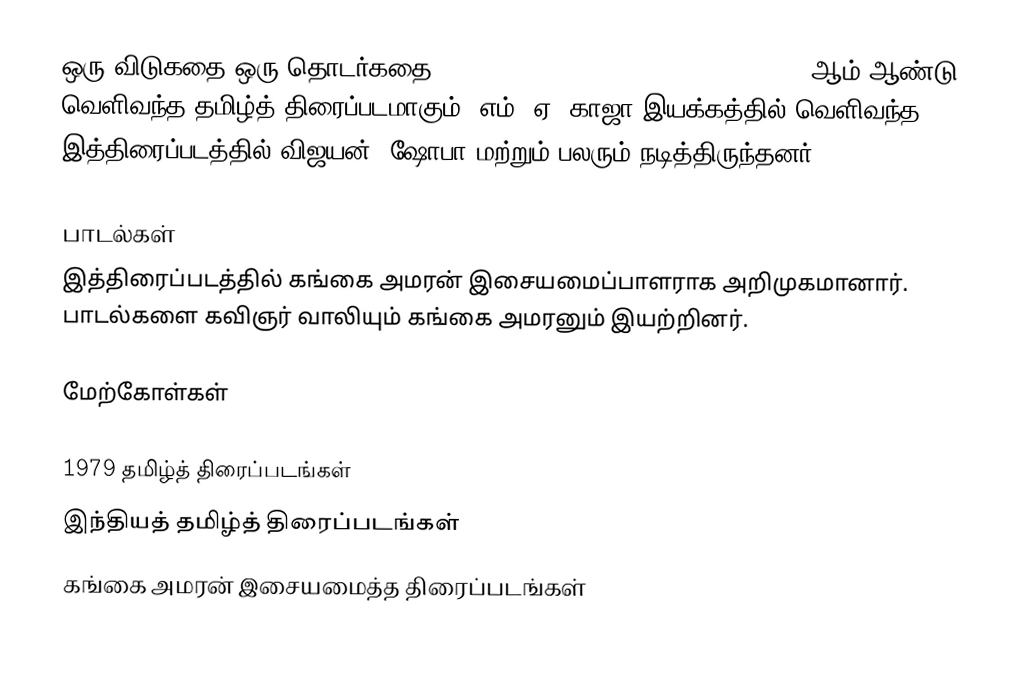
ஒரு விடுகதை ஒரு தொடர்கதை (Oru Vidukadhai Oru Thodarkadhai) 1979 ஆம் ஆண்டு வெளிவந்த தமிழ்த் திரைப்படமாகும். எம். ஏ. காஜா இயக்கத்தில் வெளிவந்த இத்திரைப்படத்தில் விஜயன், ஷோபா மற்றும் பலரும் நடித்திருந்தனர்.

பாடல்கள்
இத்திரைப்படத்தில் கங்கை அமரன் இசையமைப்பாளராக அறிமுகமானார். பாடல்களை கவிஞர் வாலியும் கங்கை அமரனும் இயற்றினர்.

மேற்கோள்கள்

1979 தமிழ்த் திரைப்படங்கள்
இந்தியத் தமிழ்த் திரைப்படங்கள்
கங்கை அமரன் இசையமைத்த திரைப்படங்கள்